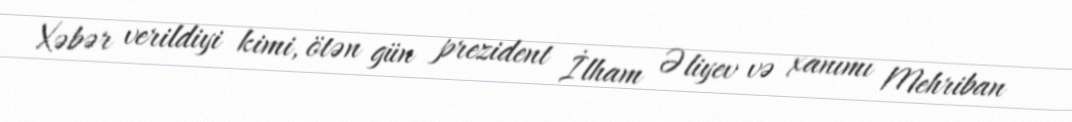
Xəbər verildiyi kimi, ötən gün prezident İlham Əliyev və xanımı Mehriban